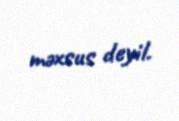
məxsus deyil.